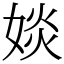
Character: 婒